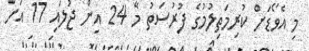
މި އެވޯޑަށް ކުރިމަތިލުމުގެ ފުރުސަތު މޭ 24 އިން ޖުލައި 17 އަށް